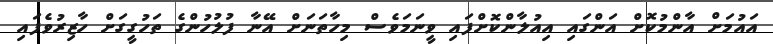
އައުމަށް އާންމުކޮށް އަންގައި އިއުލާންކޮށްފައި ވީނަމަވެސް މިހާތަނަށް އޭނާ ފުލުހުންގެ ތަހުގީގަށް ހާޒިރުވެފައި